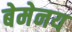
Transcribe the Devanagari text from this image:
बेमेनय